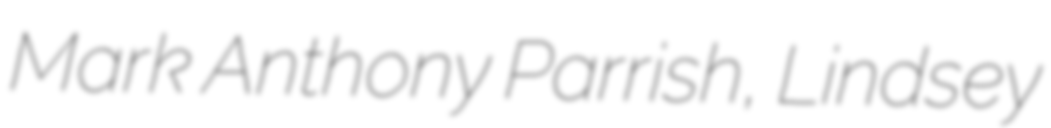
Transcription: Mark Anthony Parrish, Lindsey